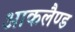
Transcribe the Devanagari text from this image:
आकलैण्ड